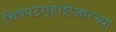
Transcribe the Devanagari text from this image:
चित्रपटगृहाशेजारच्या